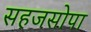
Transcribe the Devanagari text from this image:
सहजसोपा